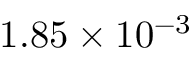
1 . 8 5 \times 1 0 ^ { - 3 }